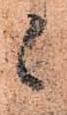
候